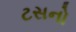
ટસનો